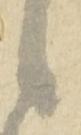
之